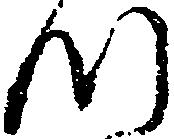
つ